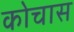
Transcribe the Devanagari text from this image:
कोचास